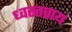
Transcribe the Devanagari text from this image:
ध्वस्तप्राय